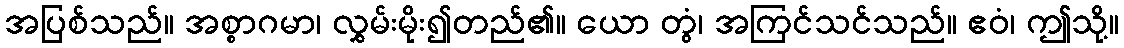
အပြစ်သည်။ အစ္စာဂမာ၊ လွှမ်းမိုး၍တည်၏။ ယော တွံ၊ အကြင်သင်သည်။ ဧဝံ၊ ဤသို့။